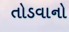
તોડવાનો